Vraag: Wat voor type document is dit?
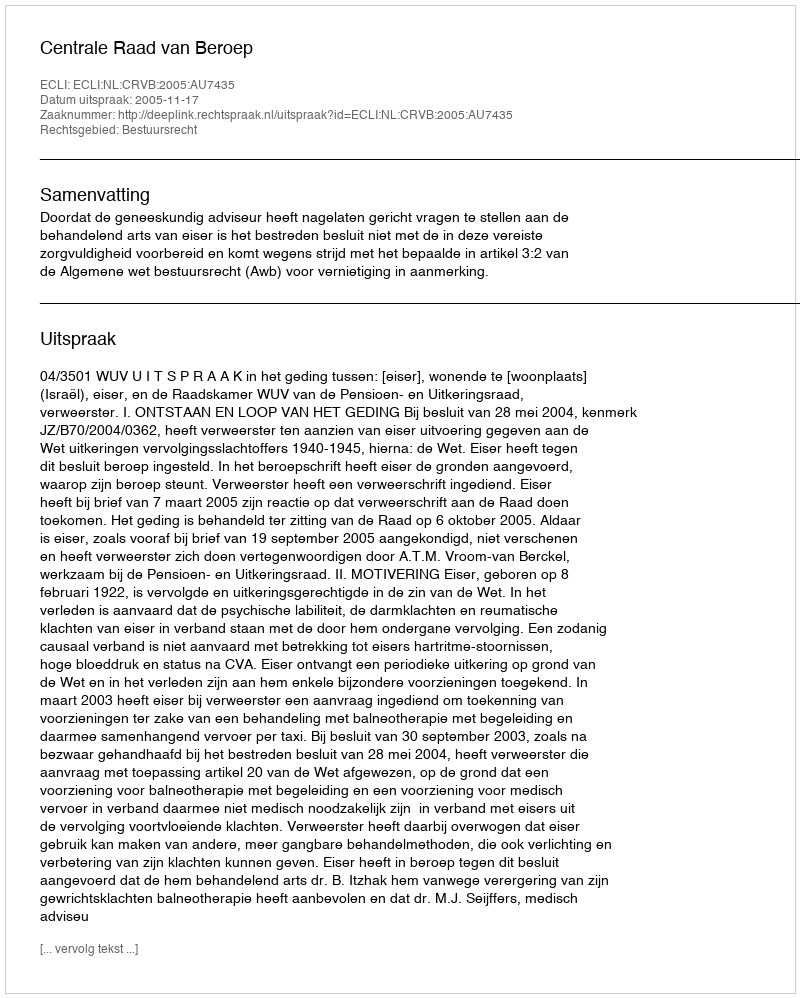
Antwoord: Uitspraak